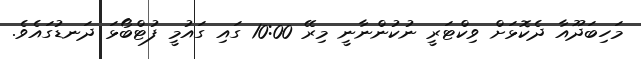
މަހިބަދޫއާ ދެކޮޅަށް ވިކްޓަރީ ނުކުންނާނީ މިރޭ 10:00 ގައި ގައުމީ ފުޓްބޯޅަ ދަނޑުގައެވެ.